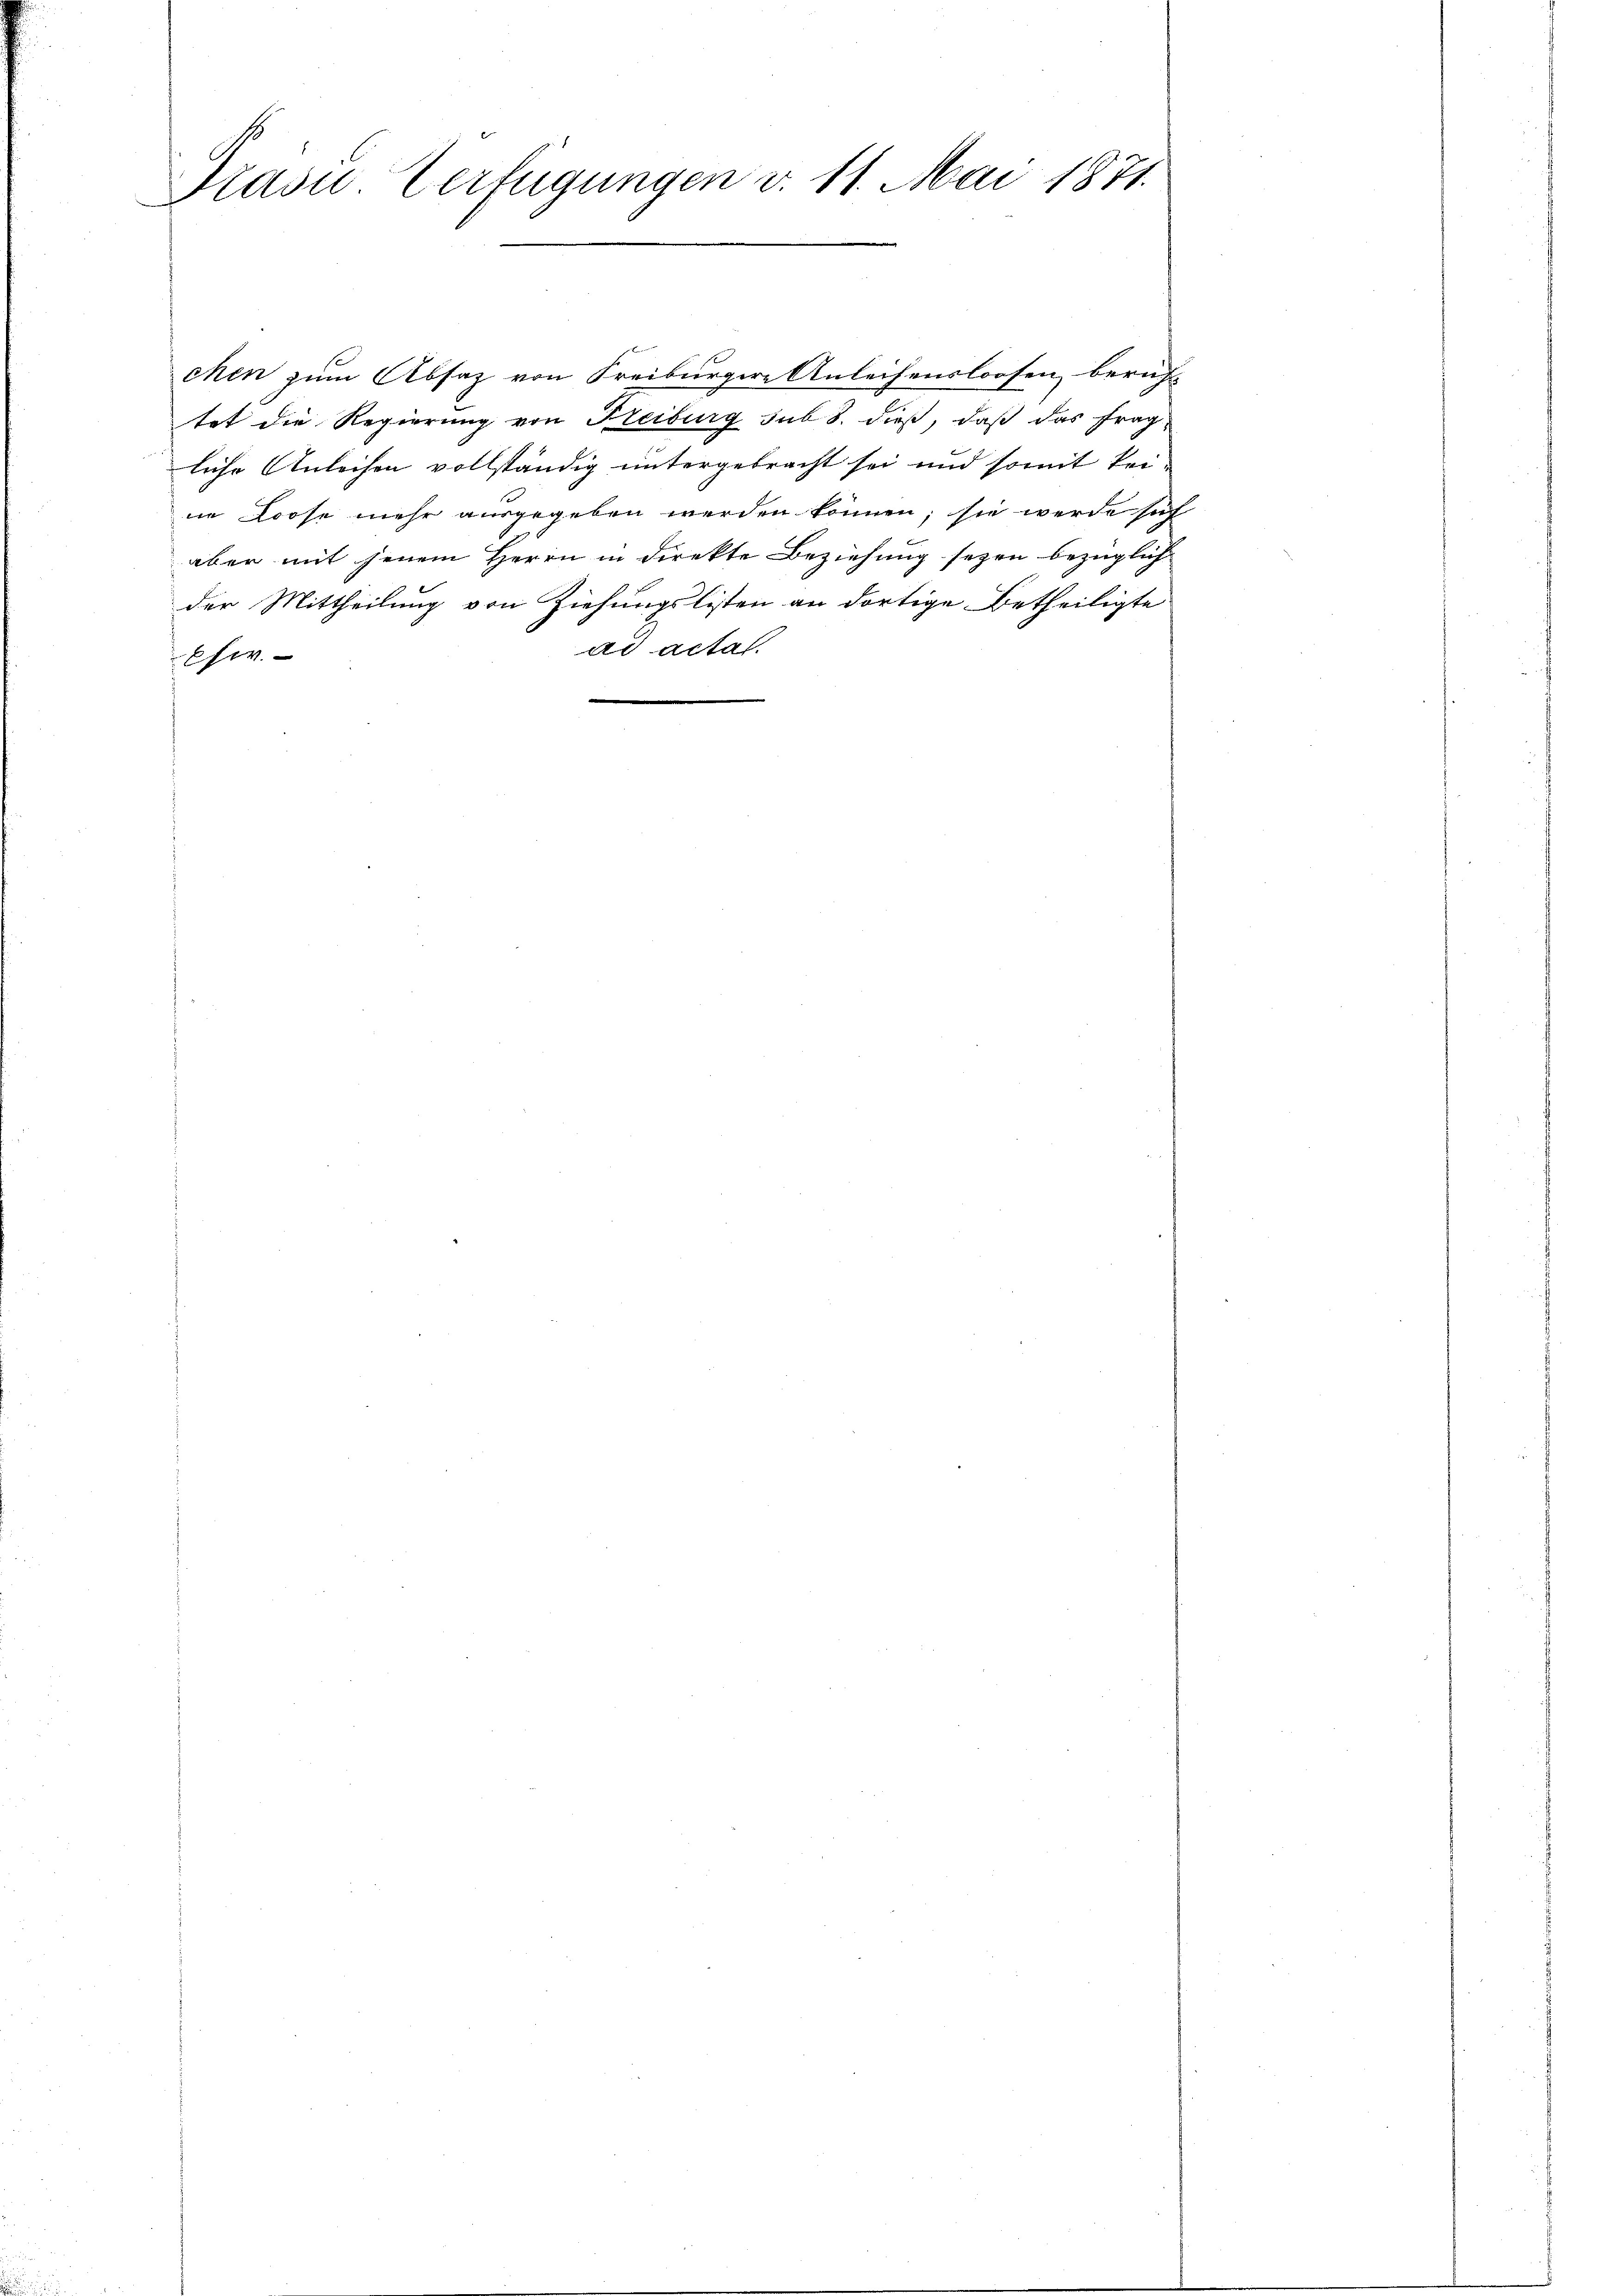
Präsi Verfügungen v. 11. Mai 1871.

chen zum Absaz von Freiburgere Anleihensloosen beruht
tat die Regierung von Freiburg sub 8. dieß, daß das fragliche Anleihen vollständig untergebracht sei und somit keiin Loose mehr ausgegeben werden können; sie werde sich
aber mit jenem Herrn in direkte Beziehung seyen bezüglich
der Mittheilung von Ziehungslisten an dortige Betheiligte
ad acta.
Ehe.